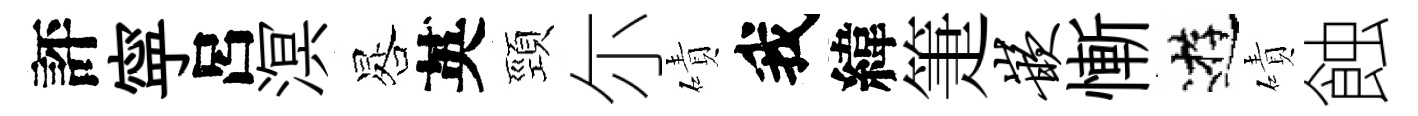
評寜呂溟晷英頸尓磧我緯箑嵌慚逰磧蝕